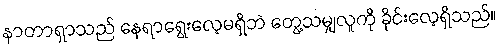
နာတာရှာသည် နေရာရွေးလေ့မရှိဘဲ တွေ့သမျှလူကို ခိုင်းလေ့ရှိသည်။